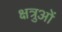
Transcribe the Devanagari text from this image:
क्षत्रुओं